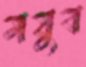
ময়ুব